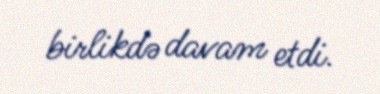
birlikdə davam etdi.